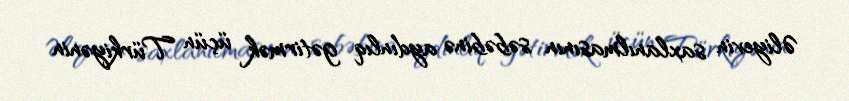
Əliyevin saxlanılmasının səbəbinə aydınlıq gətirmək üçün Türkiyənin